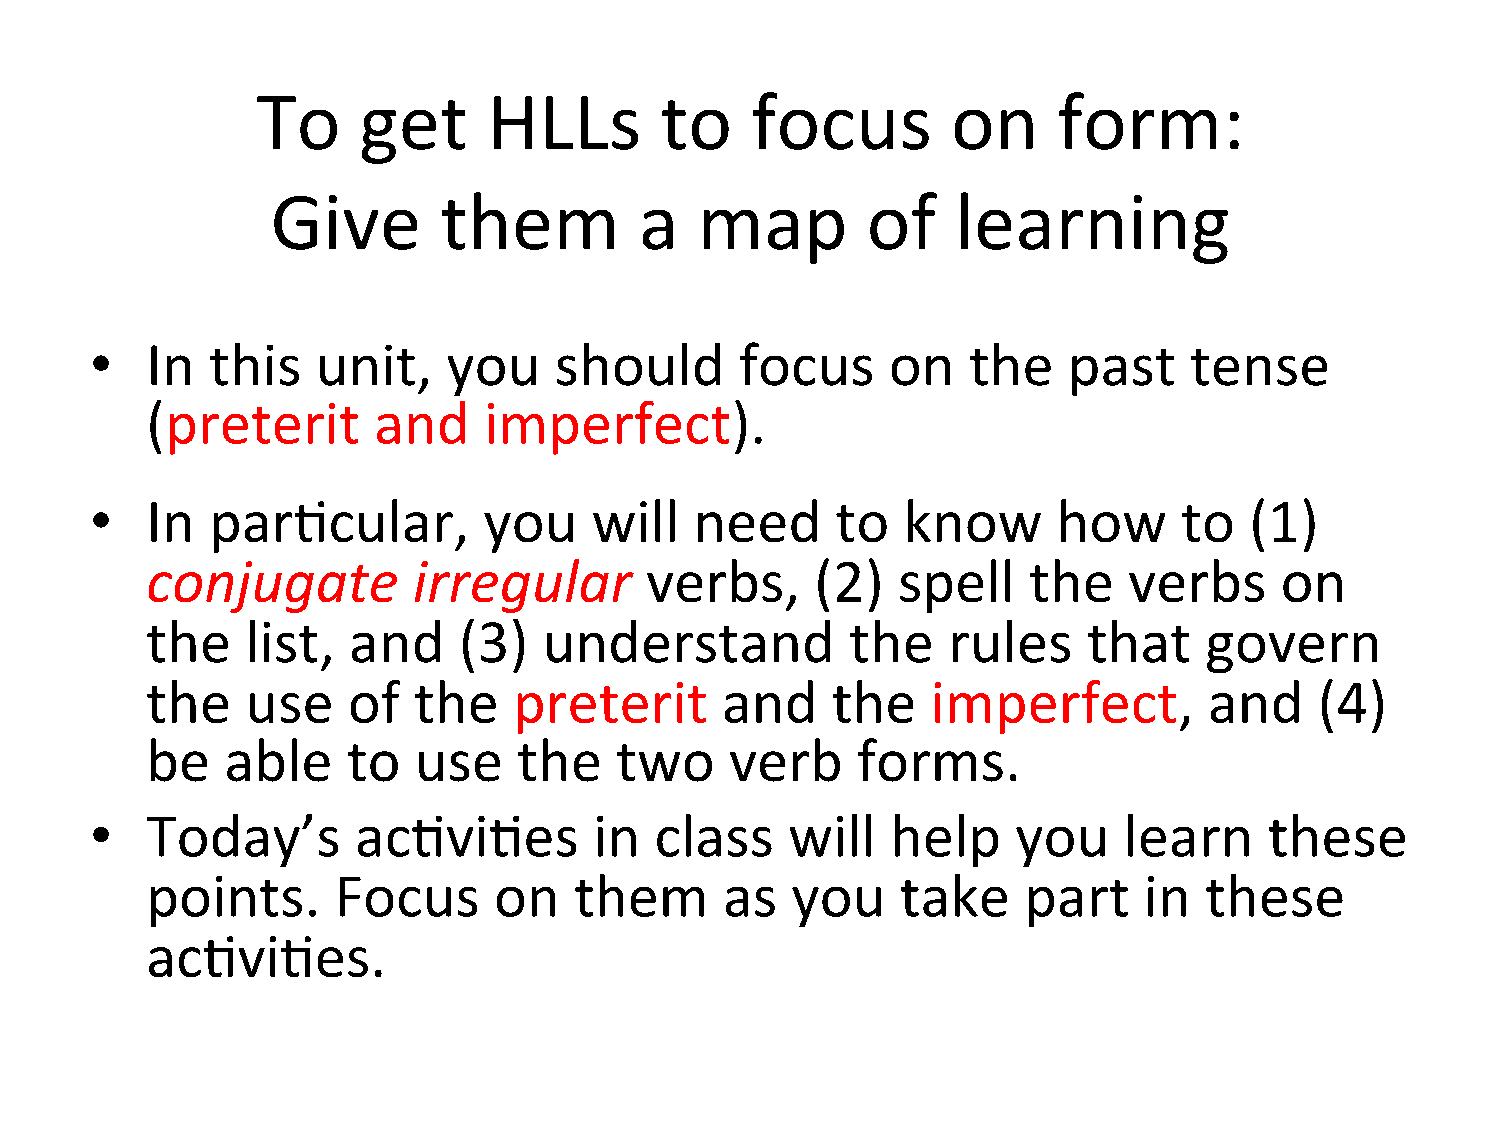
To     get     HLLs        to    focus        on     form:
 Give       them         a   map        of    learning
 •   In  this   unit,    you    should      focus     on   the    past    tense
 (preterit      and    imperfect).
 •   In  par=cular,        you    will   need     to   know      how     to   (1)
 conjugate        irregular       verbs,     (2)  spell    the    verbs     on
 the   list,  and    (3)   understand          the    rules    that    govern
 the   use    of  the    preterit      and    the    imperfect,        and    (4)
 be   able    to  use    the    two    verb     forms.
 •   Today’s      ac=vi=es        in  class    will   help    you    learn     these
 points.     Focus      on   them      as  you     take    part    in  these
 ac=vi=es.